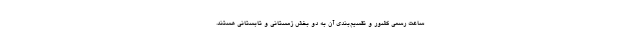
ساعت رسمی کشور و تقسیم‌بندی آن به دو بخش زمستانی و تابستانی هستند.